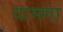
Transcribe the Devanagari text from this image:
वामगा